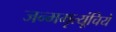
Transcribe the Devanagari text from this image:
जन्ममृत्यूंचिये